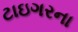
ટાઇગરના